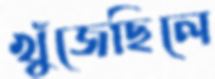
খুঁজেছিলে